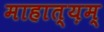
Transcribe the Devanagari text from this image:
माहात्य़म्